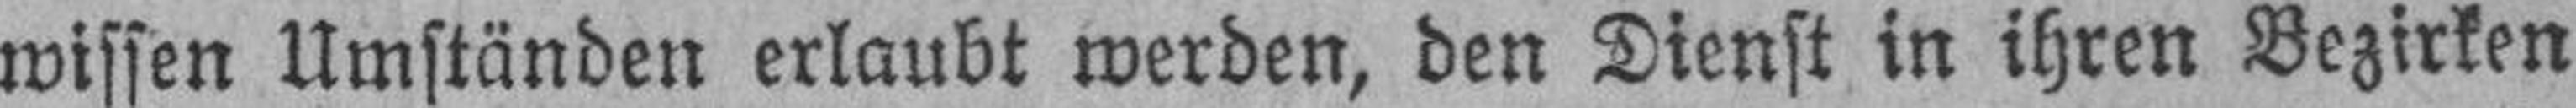
wissen Umständen erlaubt werden, den Dienst in ihren Bezirken